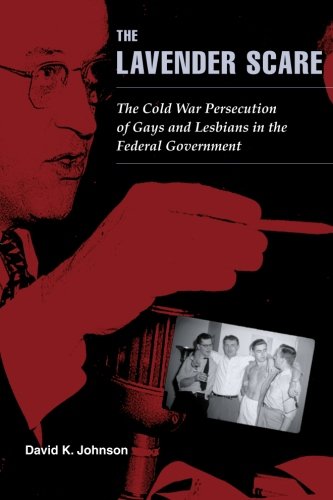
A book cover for The Lavender Scare: The Cold War Persecution of Gays and Lesbians in the Federal Government; David K. Johnson; Gay & Lesbian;